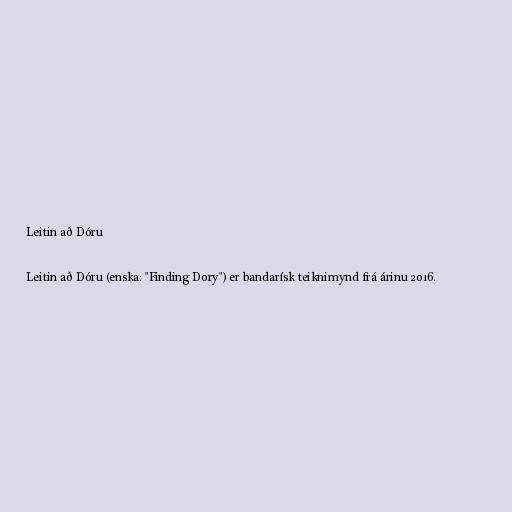
Leitin að Dóru

Leitin að Dóru (enska: "Finding Dory") er bandarísk teiknimynd frá árinu 2016.